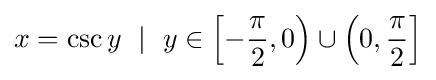
x=\csc y\ \mid \ y\in \left[-{\frac {\pi }{2}},0\right)\cup \left(0,{\frac {\pi }{2}}\right]